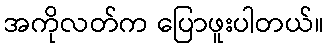
အကိုလတ်က ပြောဖူးပါတယ်။